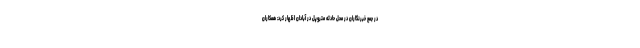
در جمع خبرنگاران در محل حادثه متروپل در آبادان اظهار کرد: همکاران